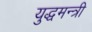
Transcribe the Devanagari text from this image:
युद्धमन्त्री